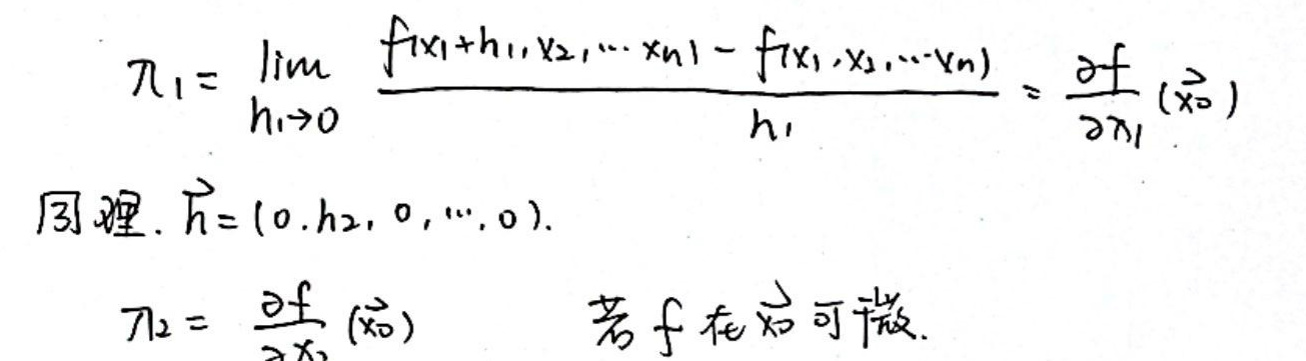
\[
\pi_1 = \lim_{h_1 \to 0} \frac{f(x_1 + h_1, x_2, \cdots, x_n) - f(x_1, x_2, \cdots, x_n)}{h_1} = \frac{\partial f}{\partial x_1}(x_0)
\]
同理，\(\vec{h}=(0, h_2, 0, \cdots, 0)\)。
\[
\pi_2 = \frac{\partial f}{\partial x_2}(x_0) \quad \text{若} f \text{在} x_0 \text{可微}
\]